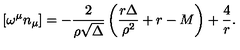
\left[ \omega ^ { \mu } n _ { \mu } \right] = - { \frac { 2 } { \rho { \sqrt \Delta } } } \left( { \frac { r \Delta } { \rho ^ { 2 } } } + r - M \right) + { \frac { 4 } { r } } .